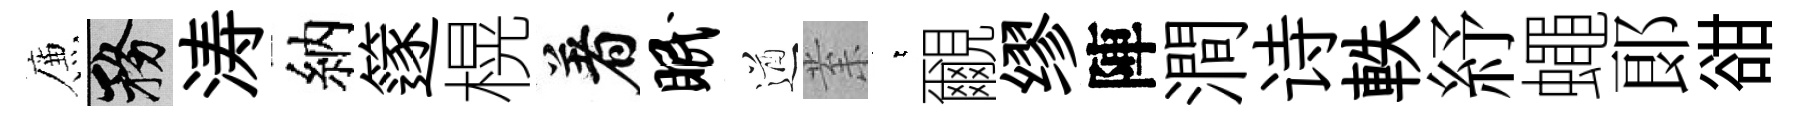
簾務涛納篴榥着眠遒𭪙萋覼缪陣澗诗軼紓蠅郞𧮳